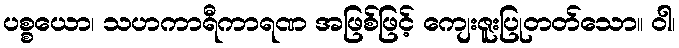
ပစ္စယော၊ သဟကာရီကာရဏ အဖြစ်ဖြင့် ကျေးဇူးပြုတတ်သော။ ဝါ၊